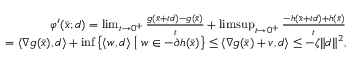
\begin{array} { r } { \begin{array} { r } { \varphi ^ { \prime } ( \bar { x } ; d ) = \operatorname* { l i m } _ { t \to 0 ^ { + } } \frac { g ( \bar { x } + t d ) - g ( \bar { x } ) } { t } + \operatorname* { l i m s u p } _ { t \to 0 ^ { + } } \frac { - h ( \bar { x } + t d ) + h ( \bar { x } ) } { t } } \\ { = \langle \nabla g ( \bar { x } ) , d \rangle + \operatorname* { i n f } \big \{ \langle w , d \rangle \; \big | \; w \in - \partial h ( \bar { x } ) \big \} \leq \langle \nabla g ( \bar { x } ) + v , d \rangle \leq - \zeta \| d \| ^ { 2 } , } \end{array} } \end{array}